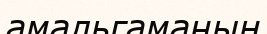
амальгаманың